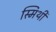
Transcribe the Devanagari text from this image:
स्मिथी